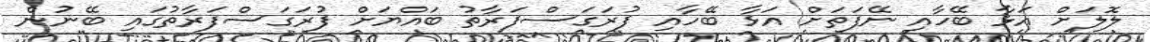
ލޮލަށް އަޅާ ބޭހާއި ނޭފަތަށް އަޅާ ބޭހާއި ފުރަގަސްފަރާތު ބައްޔަށް ފުރަގަސްފަރާތުގައި ބޭނުން